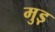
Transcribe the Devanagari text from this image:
मुड़़